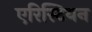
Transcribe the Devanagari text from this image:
एरिस्टियन